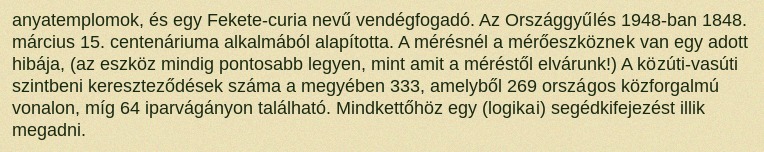
anyatemplomok, és egy Fekete-curia nevű vendégfogadó. Az Országgyűlés 1948-ban 1848. március 15. centenáriuma alkalmából alapította. A mérésnél a mérőeszköznek van egy adott hibája, (az eszköz mindig pontosabb legyen, mint amit a méréstől elvárunk!) A közúti-vasúti szintbeni kereszteződések száma a megyében 333, amelyből 269 országos közforgalmú vonalon, míg 64 iparvágányon található. Mindkettőhöz egy (logikai) segédkifejezést illik megadni.